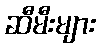
ဆီမီးများ